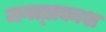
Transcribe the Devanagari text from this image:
जगत्प्रकाश